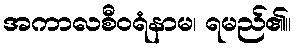
အကာလစီဝရံနာမ၊ ရမည်၏။